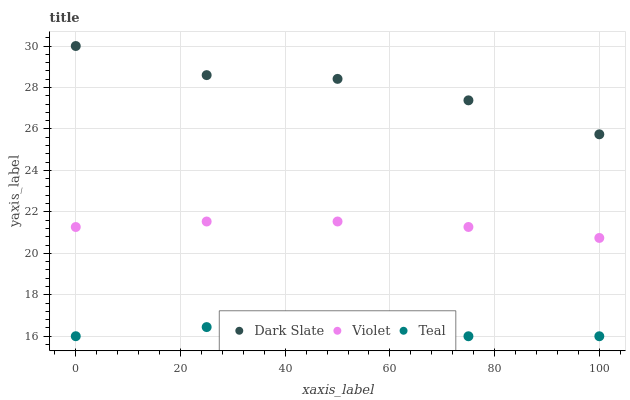
| xaxis_label | Dark Slate | Violet | Teal |
 | --- | --- | --- | --- |
 | 0 | 30 | 21.3 | 16 |
 | 25 | 28.6 | 21.5 | 16.4 |
 | 50 | 28.4 | 21.5 | 16 |
 | 75 | 27.4 | 21.3 | 16 |
 | 100 | 25.7 | 20.7 | 16 |